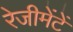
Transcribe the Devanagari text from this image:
रेजीमेंटें